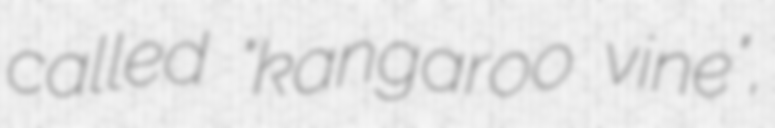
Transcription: called "kangaroo vine",